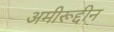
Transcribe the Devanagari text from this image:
अमीरूद्दीन